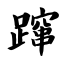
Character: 蹿